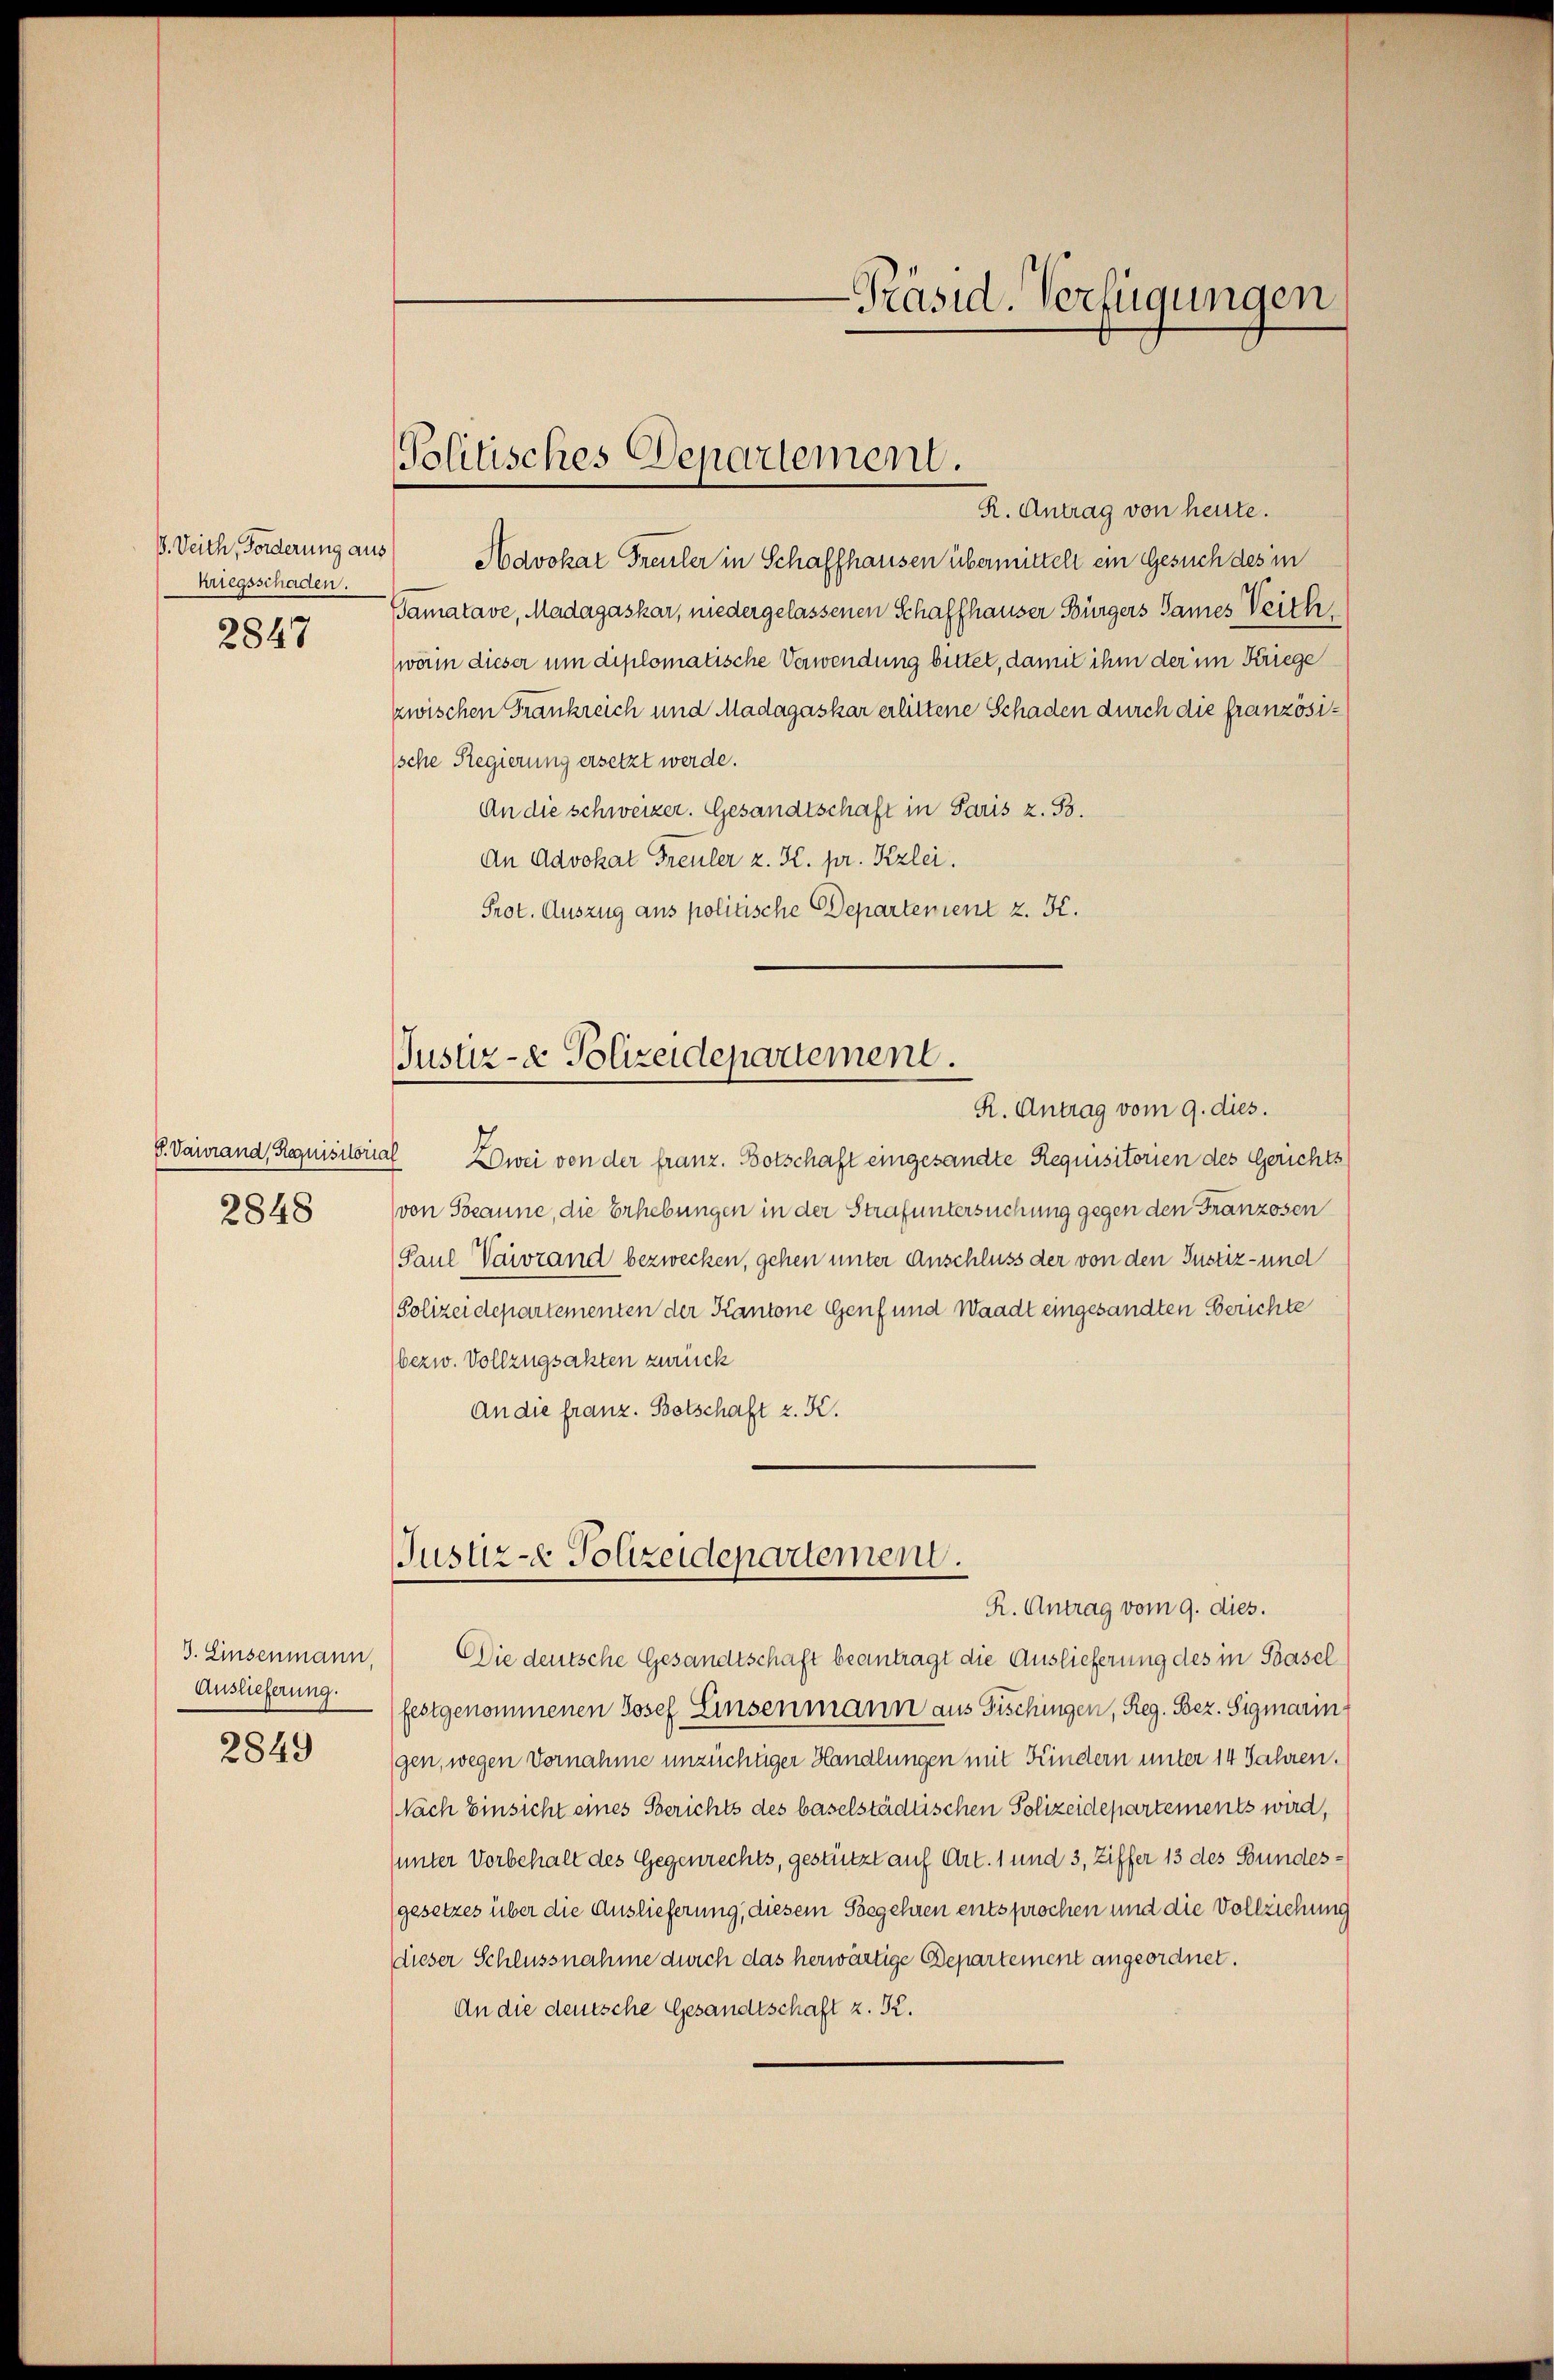
8. Seith, Forderung aus
kriegsschaden.
2847

2848

Auslieferung.

2849

Havokat Freuler in Schaffhausen übermittelt ein Gesuch des in
Gamatave, Madagaskar, niedergelassenen Schaffhauser Bürgers Sames Teich
worin dieser um diplomatische Verwendung bittet, damit ihm der im Kriege
zwischen Frankreich und Madagaskar erlittene Schaden durch die französische Regierung ersetzt werde.
An die schweizer. Gesandtschaft in Paris z. B.
An Advokat Freuler z. K. pr. Kzlei.
Prot. Auszug aus politische Departement z. K.

E. Vaurand, Requisitorial Zwei von der franz. Botschaft eingesandte Requisitorien des Gerichts
von Tocanne, die Erhebungen in der Strafuntersuchung gegen den Franzosen
Paul Vaivrand bezwecken, gehen unter Anschluss der von den Justiz- und
Polizeidepartementen der Kantone Genf und Waadt eingesandten Berichte
bezw. Vollzugsakten zurück
An die franz. Betschaft z. K.

-Präsid. Verfügungen

Politisches Departement.
R. Antrag von heute.

Justiz- & Polizeidepartement.
R. Antrag vom 9. dies.

Justiz- & Polizeidepartement.
R. Antrag vom 9. dies.

J. Einsenmann, ( Die deutsche Gesandtschaft beantragt die Auslieferung des in Basel
festgenommenen Josef Einsenmann aus Fischingen, Reg. Bez. Sigmarin
gen, wegen Vornahme unzüchtiger Handlungen mit Kindern unter 14 Jahren.
Nach Einsicht eines Berichts des baselstädtischen Polizeidepartements wird,
unter Vorbehalt des Gegenrechts, gestützt auf Art. 1 und 3, Ziffer 13 des Bundes¬
(gesetzes über die Auslieferung, diesem Segehren entsprochen und die Vollziehung
dieser Schlussnahme durch das herwärtige Departement angeordnet.
An die deutsche Gesandtschaft z. K.